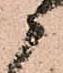
衛